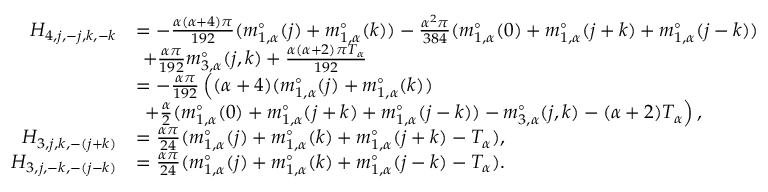
\begin{array} { r l } { H _ { 4 , j , - j , k , - k } } & { = - \frac { \alpha ( \alpha + 4 ) \pi } { 1 9 2 } ( m _ { 1 , \alpha } ^ { \circ } ( j ) + m _ { 1 , \alpha } ^ { \circ } ( k ) ) - \frac { \alpha ^ { 2 } \pi } { 3 8 4 } ( m _ { 1 , \alpha } ^ { \circ } ( 0 ) + m _ { 1 , \alpha } ^ { \circ } ( j + k ) + m _ { 1 , \alpha } ^ { \circ } ( j - k ) ) } \\ & { \ + \frac { \alpha \pi } { 1 9 2 } m _ { 3 , \alpha } ^ { \circ } ( j , k ) + \frac { \alpha ( \alpha + 2 ) \pi T _ { \alpha } } { 1 9 2 } } \\ & { = - \frac { \alpha \pi } { 1 9 2 } \left( ( { \alpha + 4 } ) ( m _ { 1 , \alpha } ^ { \circ } ( j ) + m _ { 1 , \alpha } ^ { \circ } ( k ) ) \right. } \\ & { \left. \ + \frac { \alpha } { 2 } ( m _ { 1 , \alpha } ^ { \circ } ( 0 ) + m _ { 1 , \alpha } ^ { \circ } ( j + k ) + m _ { 1 , \alpha } ^ { \circ } ( j - k ) ) - m _ { 3 , \alpha } ^ { \circ } ( j , k ) - ( \alpha + 2 ) T _ { \alpha } \right) , } \\ { H _ { 3 , j , k , - ( j + k ) } } & { = \frac { \alpha \pi } { 2 4 } ( m _ { 1 , \alpha } ^ { \circ } ( j ) + m _ { 1 , \alpha } ^ { \circ } ( k ) + m _ { 1 , \alpha } ^ { \circ } ( j + k ) - T _ { \alpha } ) , } \\ { H _ { 3 , j , - k , - ( j - k ) } } & { = \frac { \alpha \pi } { 2 4 } ( m _ { 1 , \alpha } ^ { \circ } ( j ) + m _ { 1 , \alpha } ^ { \circ } ( k ) + m _ { 1 , \alpha } ^ { \circ } ( j - k ) - T _ { \alpha } ) . } \end{array}